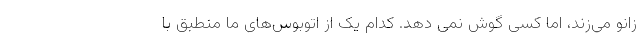
زانو می‌زند، اما کسی گوش نمی دهد. کدام یک از اتوبوس‌های ما منطبق با